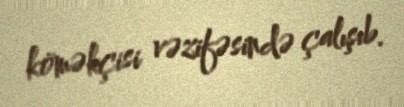
köməkçisi vəzifəsində çalışıb.